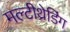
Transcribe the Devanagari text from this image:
मल्टीथ्रेडिंग